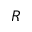
R